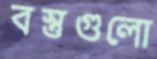
বস্তুগুলো